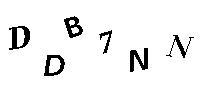
DDB7NN